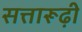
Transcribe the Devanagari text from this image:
सत्तारूढ़ी